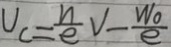
V _ { c } = \frac { n } { e } V - \frac { W _ { 0 } } { e }